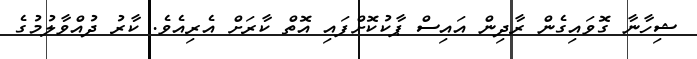
ޝިހާނާ ގޮވައިގެން ރާދިން އައިސް ޕާކުކޮށްފައި އޮތް ކާރަށް އެރިއެވެ. ކާރު ދުއްވާލުމުގެ